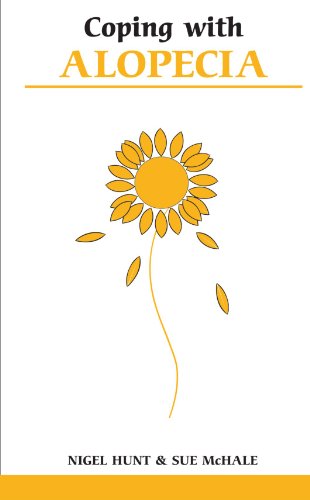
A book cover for Coping with Alopecia; Nigel Hunt; Health, Fitness & Dieting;